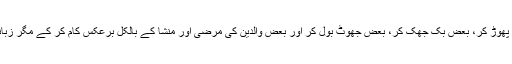
بعض کھلی بغاوت کر کے، بعض کڑھ کر، بعض دل کے پھپھولے پھوڑ کر، بعض بک جھک کر، بعض جھوٹ بول کر اور بعض والدین کی مرضی اور منشا کے بالکل برعکس کام کر کے مگر زبانی جمع خرچ اور جھوٹی تابعداری کے ذریعے سزا سے بچتے ہیں۔